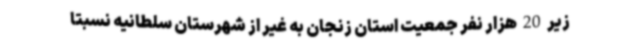
زیر 20 هزار نفر جمعیت استان زنجان به غیر از شهرستان سلطانیه نسبتا